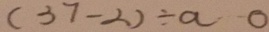
( 3 7 - 2 ) \div a 0